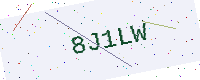
Text: 8J1LW